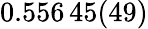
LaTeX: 0.556\, 45(49)